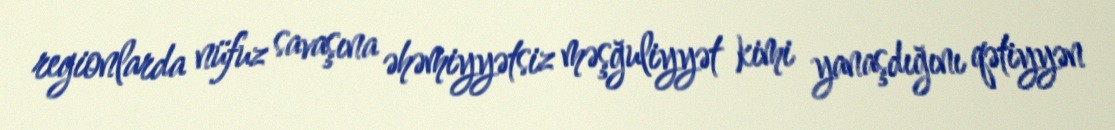
regionlarda nüfuz savaşına əhəmiyyətsiz məşğuliyyət kimi yanaşdığını qətiyyən